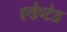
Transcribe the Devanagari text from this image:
एडेप्टेड